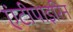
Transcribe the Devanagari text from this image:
एंटीपाइरिन